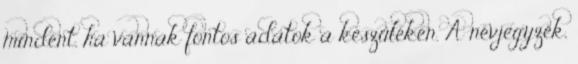
mindent, ha vannak fontos adatok a készüléken. A névjegyzék,